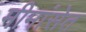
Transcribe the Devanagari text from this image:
मीमांसेत